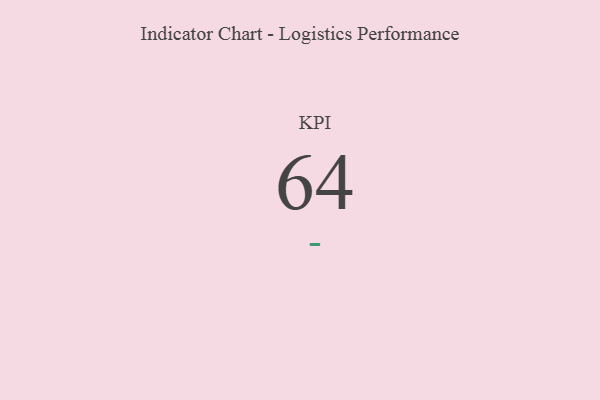
{"axis": {"x": "KPI", "y": "Value"}, "legend": [""], "data": [{"x": "KPI", "y": 64, "type": ""}]}